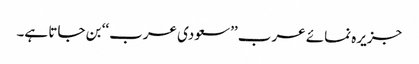
جزیرہ نمائے عرب ’’سعودی عرب‘‘ بن جاتا ہے۔